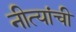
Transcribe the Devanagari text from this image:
नीत्यांची